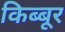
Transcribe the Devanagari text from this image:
किब्बूर